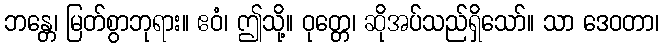
ဘန္တေ၊ မြတ်စွာဘုရား။ ဧဝံ၊ ဤသို့။ ဝုတ္တေ၊ ဆိုအပ်သည်ရှိသော်။ သာ ဒေဝတာ၊